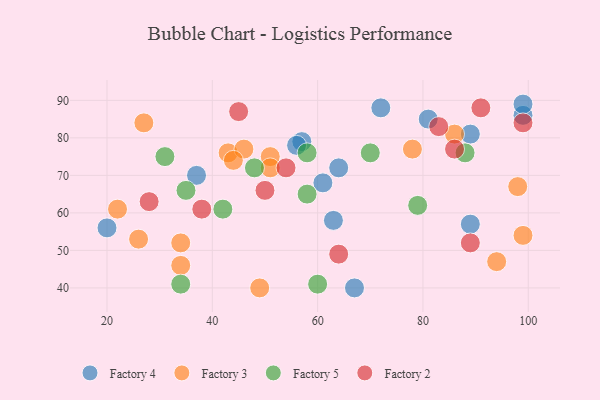
{"axis": {"x": "GDP", "y": "Life Expectancy"}, "legend": ["Factory 2", "Factory 3", "Factory 4", "Factory 5"], "data": [{"x": "72", "y": 88, "type": "Factory 4"}, {"x": "61", "y": 68, "type": "Factory 4"}, {"x": "64", "y": 72, "type": "Factory 4"}, {"x": "89", "y": 57, "type": "Factory 4"}, {"x": "37", "y": 70, "type": "Factory 4"}, {"x": "89", "y": 81, "type": "Factory 4"}, {"x": "20", "y": 56, "type": "Factory 4"}, {"x": "99", "y": 86, "type": "Factory 4"}, {"x": "99", "y": 89, "type": "Factory 4"}, {"x": "57", "y": 79, "type": "Factory 4"}, {"x": "67", "y": 40, "type": "Factory 4"}, {"x": "56", "y": 78, "type": "Factory 4"}, {"x": "63", "y": 58, "type": "Factory 4"}, {"x": "81", "y": 85, "type": "Factory 4"}, {"x": "49", "y": 40, "type": "Factory 3"}, {"x": "98", "y": 67, "type": "Factory 3"}, {"x": "22", "y": 61, "type": "Factory 3"}, {"x": "43", "y": 76, "type": "Factory 3"}, {"x": "46", "y": 77, "type": "Factory 3"}, {"x": "34", "y": 46, "type": "Factory 3"}, {"x": "44", "y": 74, "type": "Factory 3"}, {"x": "99", "y": 54, "type": "Factory 3"}, {"x": "26", "y": 53, "type": "Factory 3"}, {"x": "78", "y": 77, "type": "Factory 3"}, {"x": "51", "y": 75, "type": "Factory 3"}, {"x": "27", "y": 84, "type": "Factory 3"}, {"x": "86", "y": 81, "type": "Factory 3"}, {"x": "51", "y": 72, "type": "Factory 3"}, {"x": "34", "y": 52, "type": "Factory 3"}, {"x": "94", "y": 47, "type": "Factory 3"}, {"x": "70", "y": 76, "type": "Factory 5"}, {"x": "88", "y": 76, "type": "Factory 5"}, {"x": "35", "y": 66, "type": "Factory 5"}, {"x": "34", "y": 41, "type": "Factory 5"}, {"x": "31", "y": 75, "type": "Factory 5"}, {"x": "58", "y": 76, "type": "Factory 5"}, {"x": "42", "y": 61, "type": "Factory 5"}, {"x": "60", "y": 41, "type": "Factory 5"}, {"x": "58", "y": 65, "type": "Factory 5"}, {"x": "79", "y": 62, "type": "Factory 5"}, {"x": "48", "y": 72, "type": "Factory 5"}, {"x": "83", "y": 83, "type": "Factory 2"}, {"x": "28", "y": 63, "type": "Factory 2"}, {"x": "99", "y": 84, "type": "Factory 2"}, {"x": "45", "y": 87, "type": "Factory 2"}, {"x": "38", "y": 61, "type": "Factory 2"}, {"x": "89", "y": 52, "type": "Factory 2"}, {"x": "50", "y": 66, "type": "Factory 2"}, {"x": "64", "y": 49, "type": "Factory 2"}, {"x": "91", "y": 88, "type": "Factory 2"}, {"x": "86", "y": 77, "type": "Factory 2"}, {"x": "54", "y": 72, "type": "Factory 2"}]}